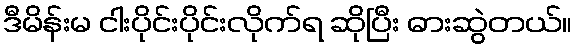
ဒီမိန်းမ ငါးပိုင်းပိုင်းလိုက်ရ ဆိုပြီး ဓားဆွဲတယ်။